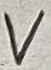
Text: V